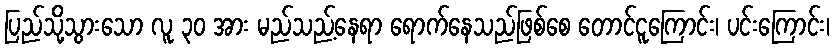
ပြည်သို့သွားသော လူ ၃၀ အား မည်သည့်နေရာ ရောက်နေသည်ဖြစ်စေ တောင်ငူကြောင်း၊ ပင်းကြောင်း၊